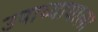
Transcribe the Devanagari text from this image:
उपाध्यायाला